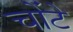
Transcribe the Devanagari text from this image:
चोंटे